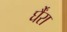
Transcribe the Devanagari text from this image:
र्घैंरा